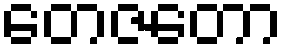
တေဇတော